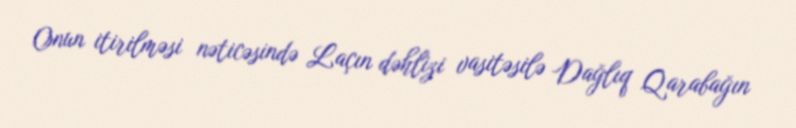
Onun itirilməsi nəticəsində Laçın dəhlizi vasitəsilə Dağlıq Qarabağın